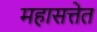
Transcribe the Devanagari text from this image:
महासत्तेत